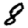
Digit: 8